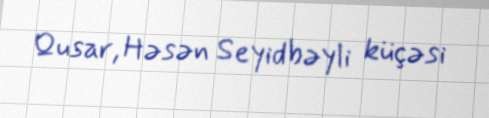
Qusar, Həsən Seyidbəyli küçəsi